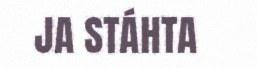
JA STÁHTA